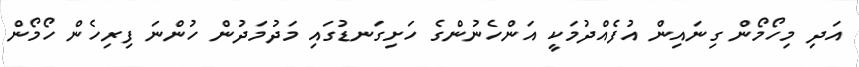
އަދި މިހޯމޯން ގިނައިން އުފެއްދުމަކީ އަންހެނުންގެ ހަށިގަނޑުގައި މަދުމަދުން ހުންނަ ފިރިހެން ހޯމޯން